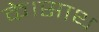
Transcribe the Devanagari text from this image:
के।साथ